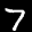
Label: 7